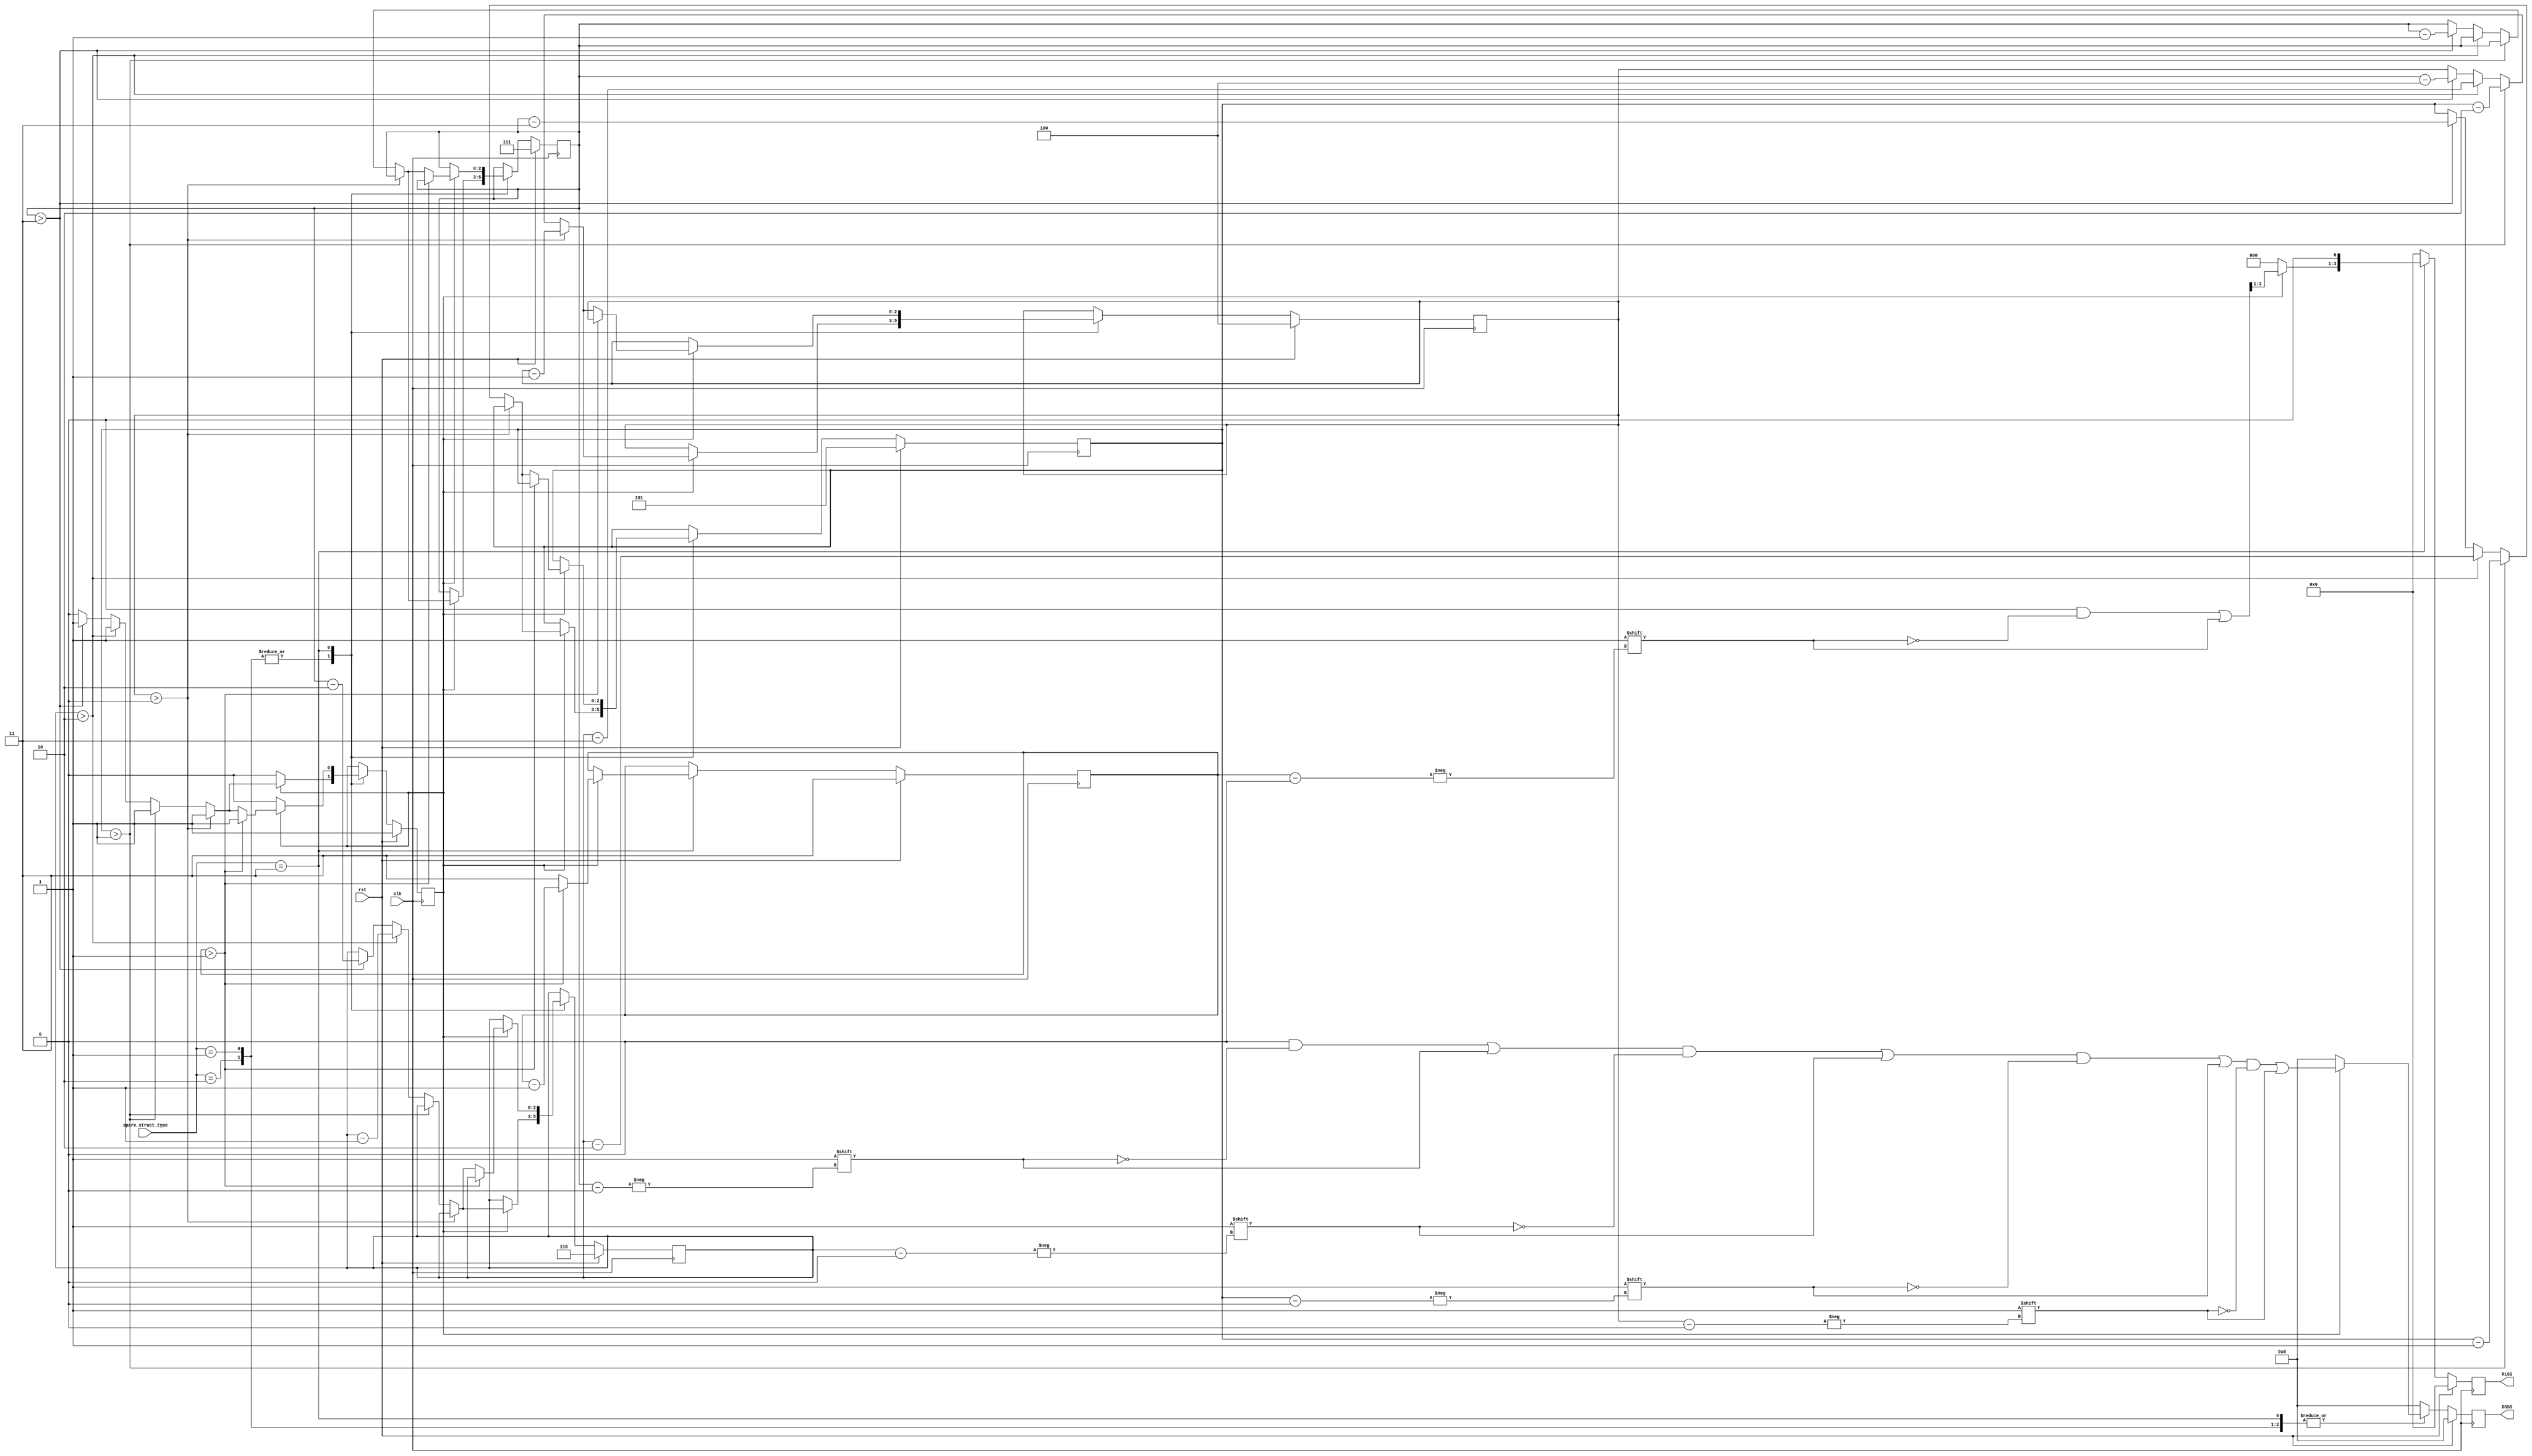
`timescale 1ns / 1ps
//////////////////////////////////////////////////////////////////////////////////
// Company: 
// Engineer: 
// 
// Design Name: 
// Module Name: signal_generator
// Project Name: 
// Target Devices: 
// Tool Versions: 
// Description: 
// 
// Dependencies: 
// 
// Revision:
// Revision 0.01 - File Created
// Additional Comments:
// 
//////////////////////////////////////////////////////////////////////////////////

`timescale 1ns / 1ps

module signal_generator (
    input rst,
    input clk,
    input [1:0] spare_struct_type,
    output reg [7:0] DSSS,
    output reg [3:0] RLSS
);

localparam S1 = 2'b01;
localparam S2 = 2'b10;
localparam S3 = 2'b11;
reg [2:0] i, j, k, p;
reg [1:0] ri;
reg rlss_term;
reg gen_sig;

always @ (posedge clk) begin
    if(rst) begin
        DSSS <= 8'b0;
        RLSS <= 4'b0;
        gen_sig <= 1;
        rlss_term <= 0;
        i <= 3'd7;
        j <= 3'd6;
        k <= 3'd5;
        p <= 3'd4;
        ri <= 2'd3;
    end
    else begin
        DSSS <= 8'b0;
        RLSS <= 4'b0;
        case (spare_struct_type)
            S1, S2 : begin
                if (gen_sig) begin
                    DSSS[i] <= 1;
                    DSSS[j] <= 1;
                    DSSS[k] <= 1;
                    DSSS[p] <= 1; 
                    if (p > 0) begin
                        p <= p - 1;
                    end else if (k > 1) begin
                        k <= k - 1;
                        p <= k - 2;
                    end else if (j > 2) begin
                        j <= j - 1;
                        k <= j - 2;
                        p <= j - 3;
                    end else if (i > 3) begin
                        i <= i - 1;
                        j <= i - 2;
                        k <= i - 3; 
                        p <= i - 4;
                    end else begin
                        gen_sig <= 0; //  
                    end                
                end
            end
            S3 : begin
                if (gen_sig) begin
                    DSSS[i] <= 1;
                    DSSS[j] <= 1;
                    DSSS[k] <= 1;
                    DSSS[p] <= 1;
                    RLSS[ri] <= 1;
                    RLSS[0] <= 0; // RLSS's LSB is always 0
                    if (ri > 1) begin
                        ri <= ri - 1;
                    end else begin
                        ri <= 2'd3;
                        if (p > 0) begin
                            p <= p - 1;
                        end else if (k > 1) begin
                            k <= k - 1;
                            p <= k - 2;
                        end else if (j > 2) begin
                            j <= j - 1;
                            k <= j - 2;
                            p <= j - 3;
                        end else if (i > 3) begin
                            i <= i - 1;
                            j <= i - 2;
                            k <= i - 3; 
                            p <= i - 4;
                        end else begin
                            gen_sig <= 0; //  
                        end
                    end
                end
            end
        endcase
    end
end

endmodule